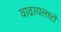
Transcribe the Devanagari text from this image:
वाढायलाही